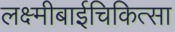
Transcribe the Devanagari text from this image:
लक्ष्मीबाईचिकित्सा